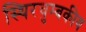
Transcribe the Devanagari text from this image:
स्थिरचुम्बकीय